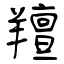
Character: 羶